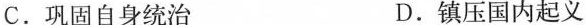
C.巩固自身统治 D.镇压国内起义